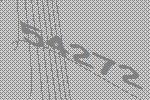
54272